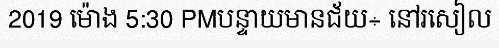
2019 ម៉ោង 5:30 PMបន្ទាយមានជ័យ÷ នៅរសៀល